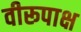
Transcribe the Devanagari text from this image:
वीरूपाक्ष